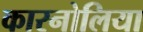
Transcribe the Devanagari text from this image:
कारनोलिया